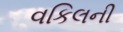
વકિલની